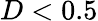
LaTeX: D<0.5